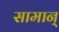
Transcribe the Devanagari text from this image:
सामान्